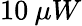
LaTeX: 10\: \mu W